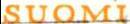
SUOMI